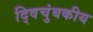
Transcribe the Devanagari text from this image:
द्विचुंबकीय